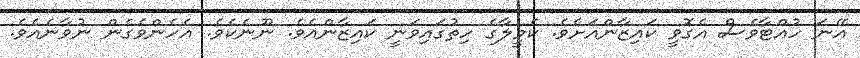
އޭނަ ހުއްޓާވެސް އެގޮވީ ކައިޒާންއަށެވެ. ކެމީލާގެ ހިތުގައިވަނީ ކައިޒާންއެވެ. ނޫނެކެވެ. އެހެންވެގެން ނުވާނެއެވެ.